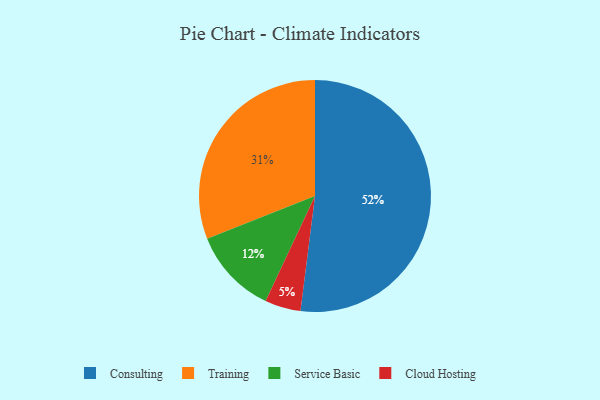
{"axis": {"x": "Category", "y": "Percentage"}, "legend": ["Cloud Hosting", "Consulting", "Service Basic", "Training"], "data": [{"x": "Cloud Hosting", "y": 5, "type": "Cloud Hosting"}, {"x": "Service Basic", "y": 12, "type": "Service Basic"}, {"x": "Training", "y": 31, "type": "Training"}, {"x": "Consulting", "y": 52, "type": "Consulting"}]}